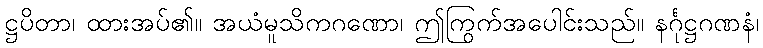
ဋ္ဌပိတာ၊ ထားအပ်၏။ အယံမူသိကဂဏော၊ ဤကြွက်အပေါင်းသည်။ နင်္ဂုဋ္ဌဂဏနံ၊